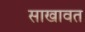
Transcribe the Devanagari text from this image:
साखावत